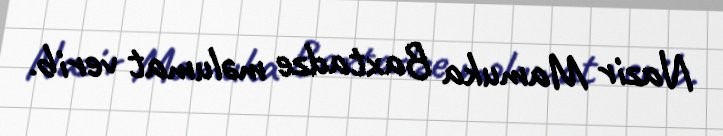
Nazir Mamuka Baxtadze məlumat verib.